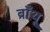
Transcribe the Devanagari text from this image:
ब्राँथू